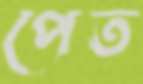
পেত